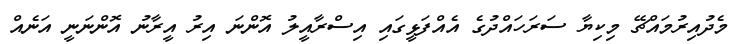
މެދުއިރުމައްޗޭ މިކިޔާ ސަރަހައްދުގެ އެއްފަޅީގައި އިސްރާއީލު އޮންނަ އިރު އީރާނު އޮންނަނީ އަނެއް